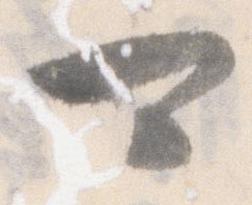
可